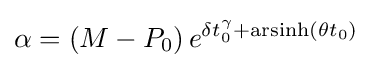
\alpha =\left(M-P_{0}\right)e^{\delta t_{0}^{\gamma }+\operatorname {arsinh} (\theta t_{0})}